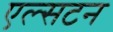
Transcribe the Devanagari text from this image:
एल्सटन